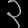
Digit: ၃